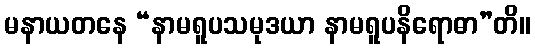
မနာယတနေ “နာမရူပသမုဒယာ နာမရူပနိရောဓာ”တိ။